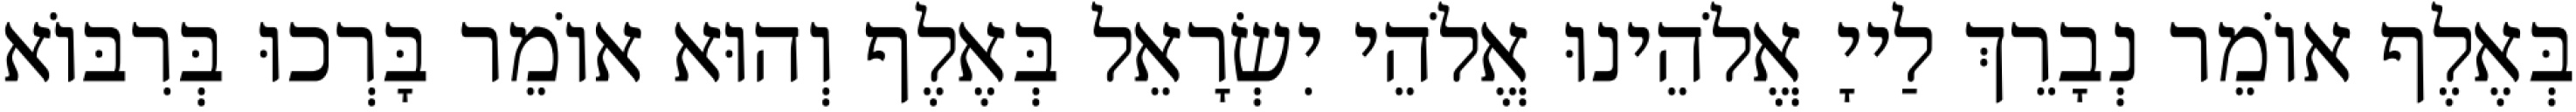
בְּאֶלֶף אוֹמֵר נְבָרֵךְ לַייָ אֱלֹהֵינוּ אֱלֹהֵי יִשְׂרָאֵל בְּאֶלֶף וְהוּא אוֹמֵר בָּרְכוּ בְּרִבּוֹא